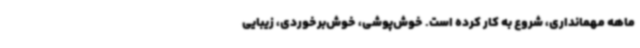
ماهه مهمانداری، شروع به کار کرده است. خوش‌پوشی، خوش‌برخوردی، زیبایی